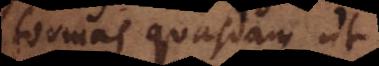
formas quasdam ut